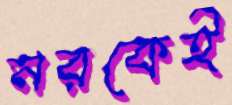
নরকেই